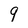
Character: 9